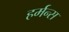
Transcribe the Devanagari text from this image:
हर्मन्स